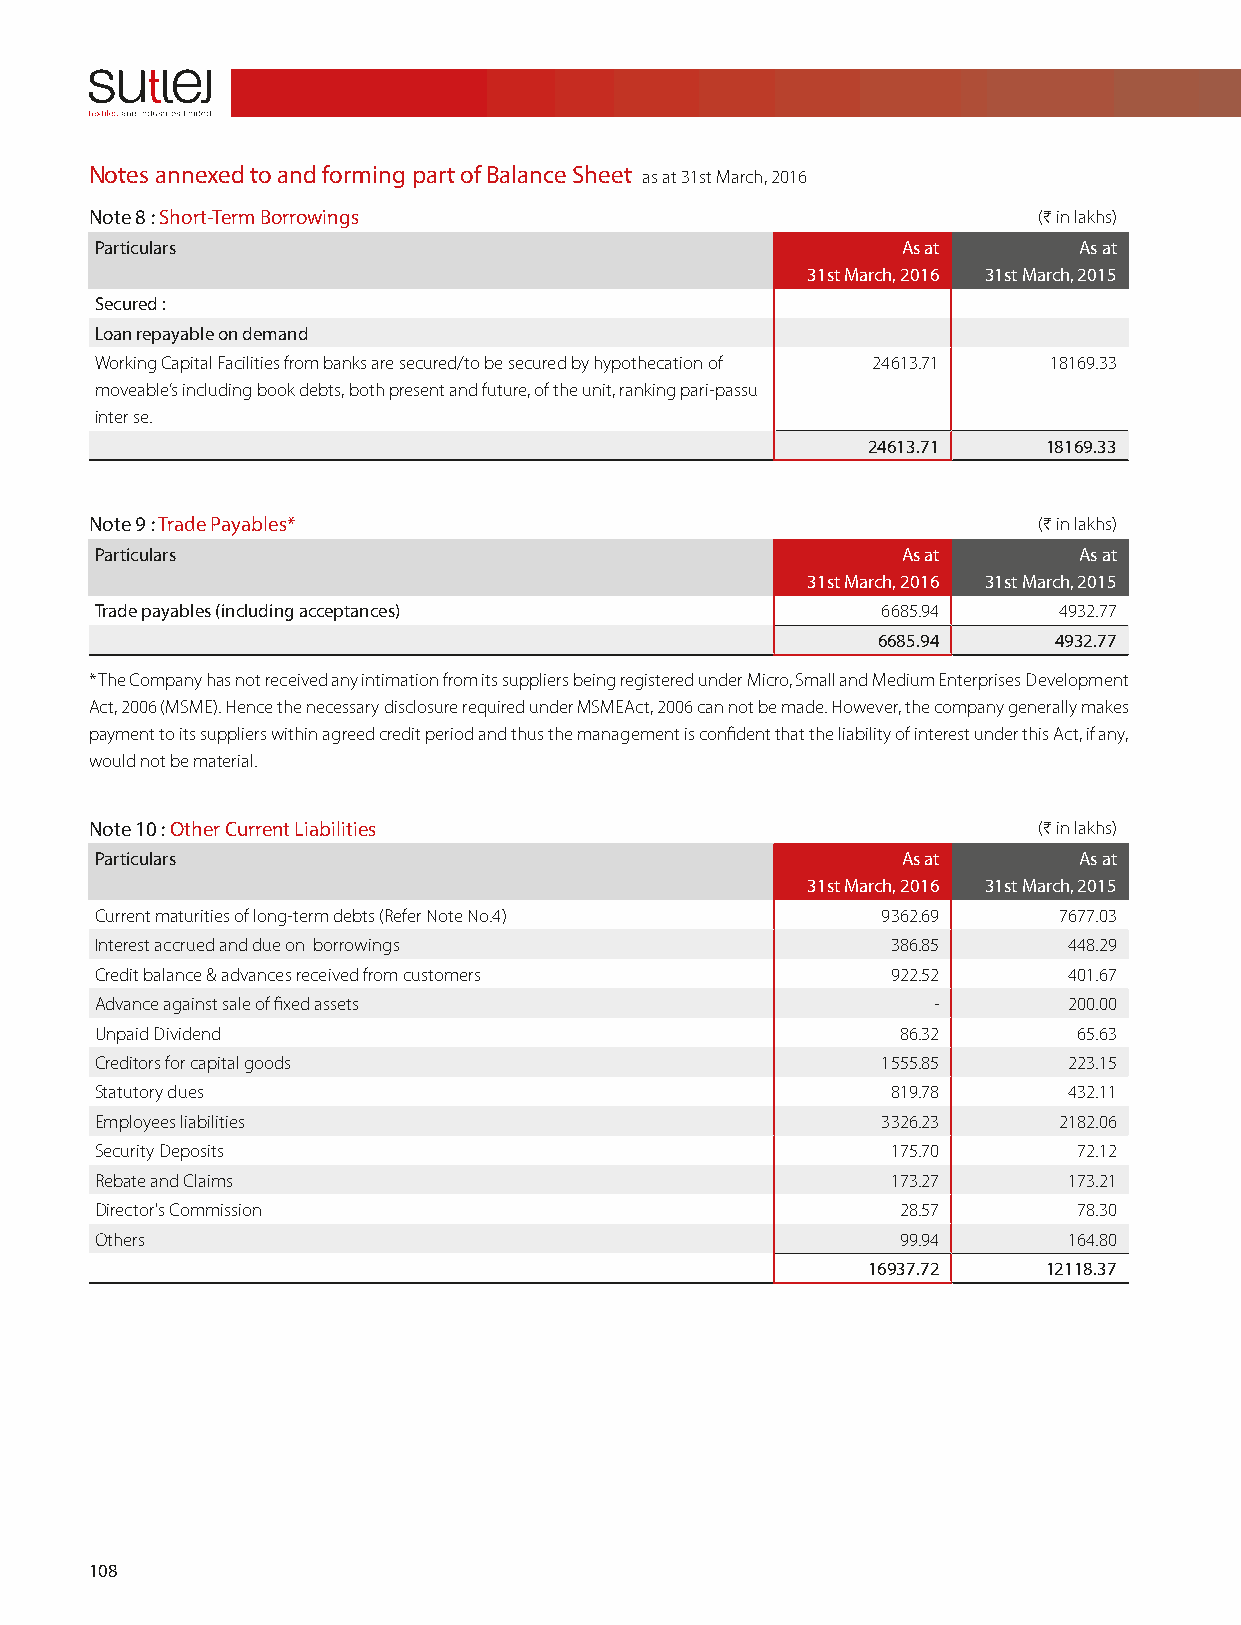
Notes annexed to and forming part of Balance Sheet as at 31st March, 2016
 Note 8 : Short-Term Borrowings                                 (H in lakhs)
 Particulars                                           As at      As at
 31st March, 2016 31st March, 2015
 Secured :
 Loan repayable on demand
 Working Capital Facilities from banks are secured/to be secured by hypothecation of 24613.71 18169.33
 moveable’s including book debts, both present and future, of the unit, ranking pari-passu
 inter se.
 24613.71    18169.33
 Note 9 : Trade Payables*                                       (H in lakhs)
 Particulars                                           As at      As at
 31st March, 2016 31st March, 2015
 Trade payables (including acceptances)              6685.94     4932.77
 6685.94     4932.77
 * The Company has not received any intimation from its suppliers being registered under Micro, Small and Medium Enterprises Development
 Act, 2006 (MSME). Hence the necessary disclosure required under MSMEAct, 2006 can not be made. However, the company generally makes
 payment to its suppliers within agreed credit period and thus the management is confident that the liability of interest under this Act, if any,
 would not be material.
 Note 10 : Other Current Liabilities                            (H in lakhs)
 Particulars                                           As at      As at
 31st March, 2016 31st March, 2015
 Current maturities of long-term debts (Refer Note No.4) 9362.69 7677.03
 Interest accrued and due on borrowings               386.85      448.29
 Credit balance & advances received from customers    922.52      401.67
 Advance against sale of fixed assets                    -        200.00
 Unpaid Dividend                                       86.32      65.63
 Creditors for capital goods                         1555.85      223.15
 Statutory dues                                       819.78      432.11
 Employees liabilities                               3326.23     2182.06
 Security Deposits                                    175.70      72.12
 Rebate and Claims                                    173.27      173.21
 Director's Commission                                 28.57      78.30
 Others                                                99.94      164.80
 16937.72    12118.37
 108